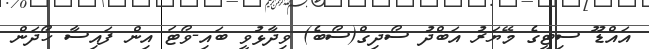
އައްޑޫ ސިޓީގެ މޭޔަރު އަބްދު ސޯދިގް(ސޯބެ) ވިދާޅުވީ ބައި-ވޯޓަ އިން ފައިސާ ހޯދަން